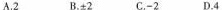
A.2 B.±2 C.-2 D.4